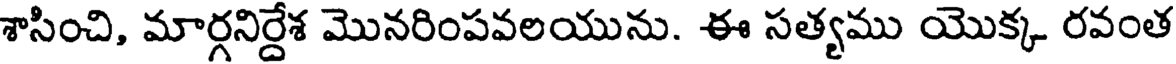
శాసించి, మార్గనిర్దేశ మొనరింపవలయును. ఈ సత్యము యొక్క రవంత